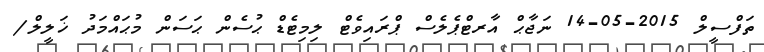
ތަފްސީލް 2015-05-14 ނަޖާޙް އާރޓްޕެލެސް ޕްރައިވެޓް ލިމިޓެޑް ޙުސެން ޙަސަން މުޙައްމަދު ޚަލީލް/